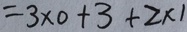
= 3 \times 0 + 3 + 2 \times 1